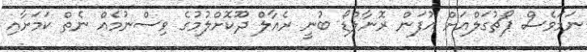
ނަމަވެސް ޕޯޗުގަލްއަށް އުފަން ރޮނާލްޑޯ ބުނީ ރެއާލް ދޫކޮށްލުމުގެ ވިސްނުމެއް ނެތް ކަމަށާއި